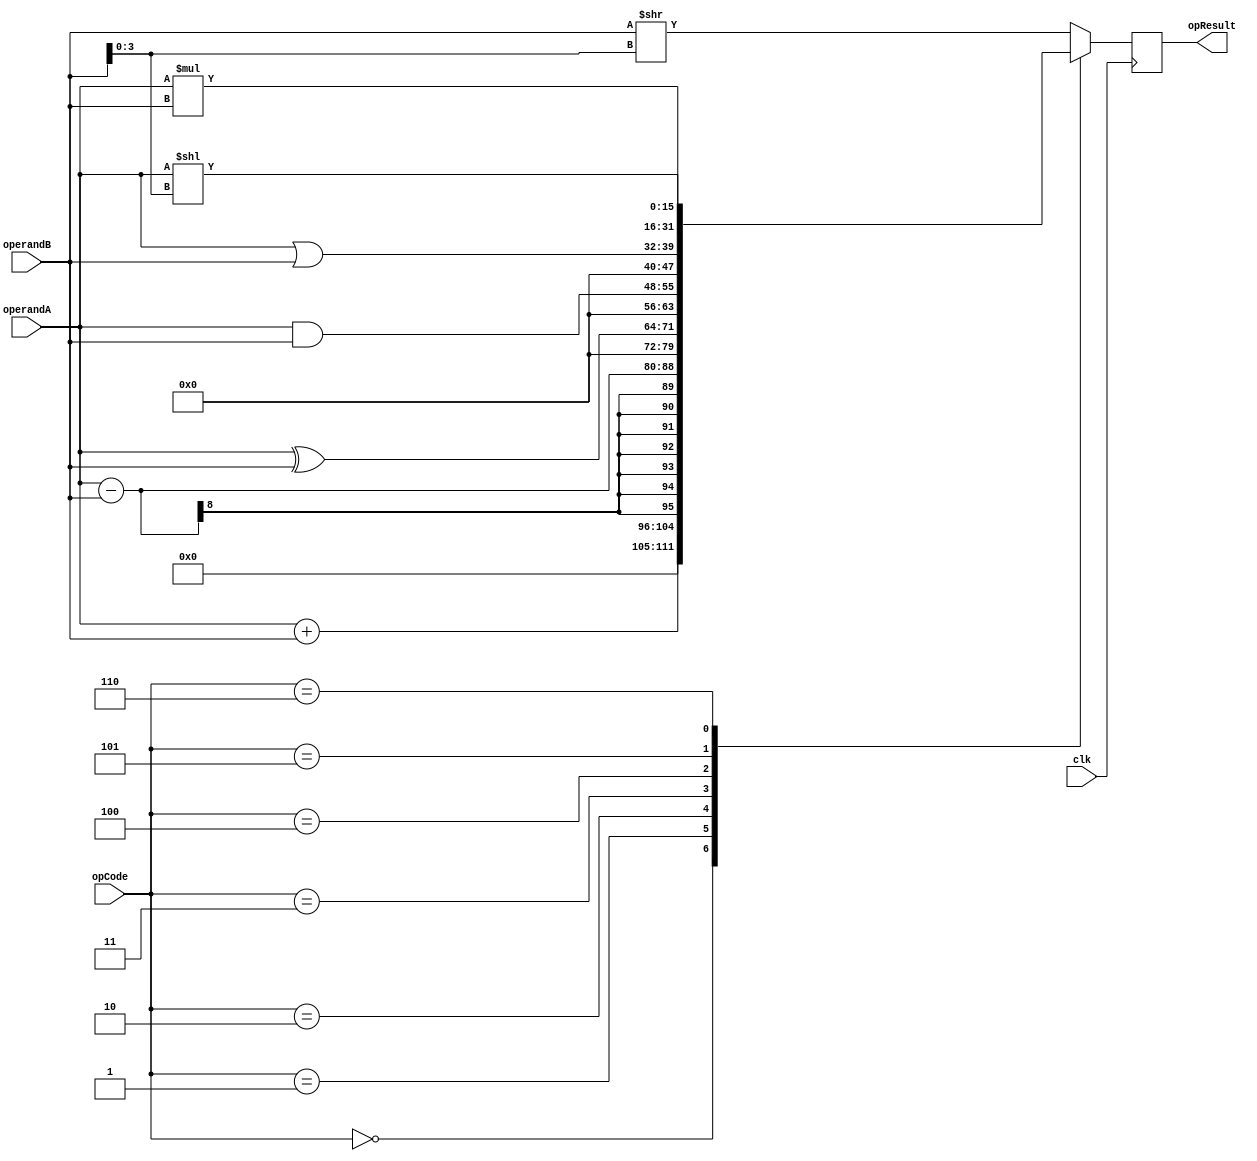
module alu (
  input    clk,
  input  [7:0]  operandA,
  input  [7:0]  operandB,
  input  [2:0]  opCode,
  output [15:0] opResult
);
	
  reg [15:0] myReg;

  always @(posedge clk)
  begin
  // TODO: add code here for the ALU; remember to either
  //       change opResult to a output reg ... type, or
  //       to declare a reg to assign in this procedure
  //       and then assign opResult = your_reg
  
	case (opCode)
		3'b000 : myReg <= operandA + operandB; // adding
		3'b001 : myReg <= operandA - operandB; // subtracting
		3'b010 : myReg <= operandA ^ operandB; // xor
		3'b011 : myReg <= operandA & operandB; // and
		3'b100 : myReg <= operandA | operandB; // or
		3'b101 : myReg <= operandA[7:0] *  operandB[7:0]; // multiply
		3'b110 : myReg <= operandA[7:0] << operandB[3:0]; // left shift
		default: myReg <= operandB[7:0] >> operandB[3:0]; // right shift
	endcase
	
  end
  assign opResult = myReg; // assigning the value out to the opResult such that the output is displayed on the hex display
  
endmodule